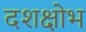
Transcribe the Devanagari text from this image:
दशक्षोभ